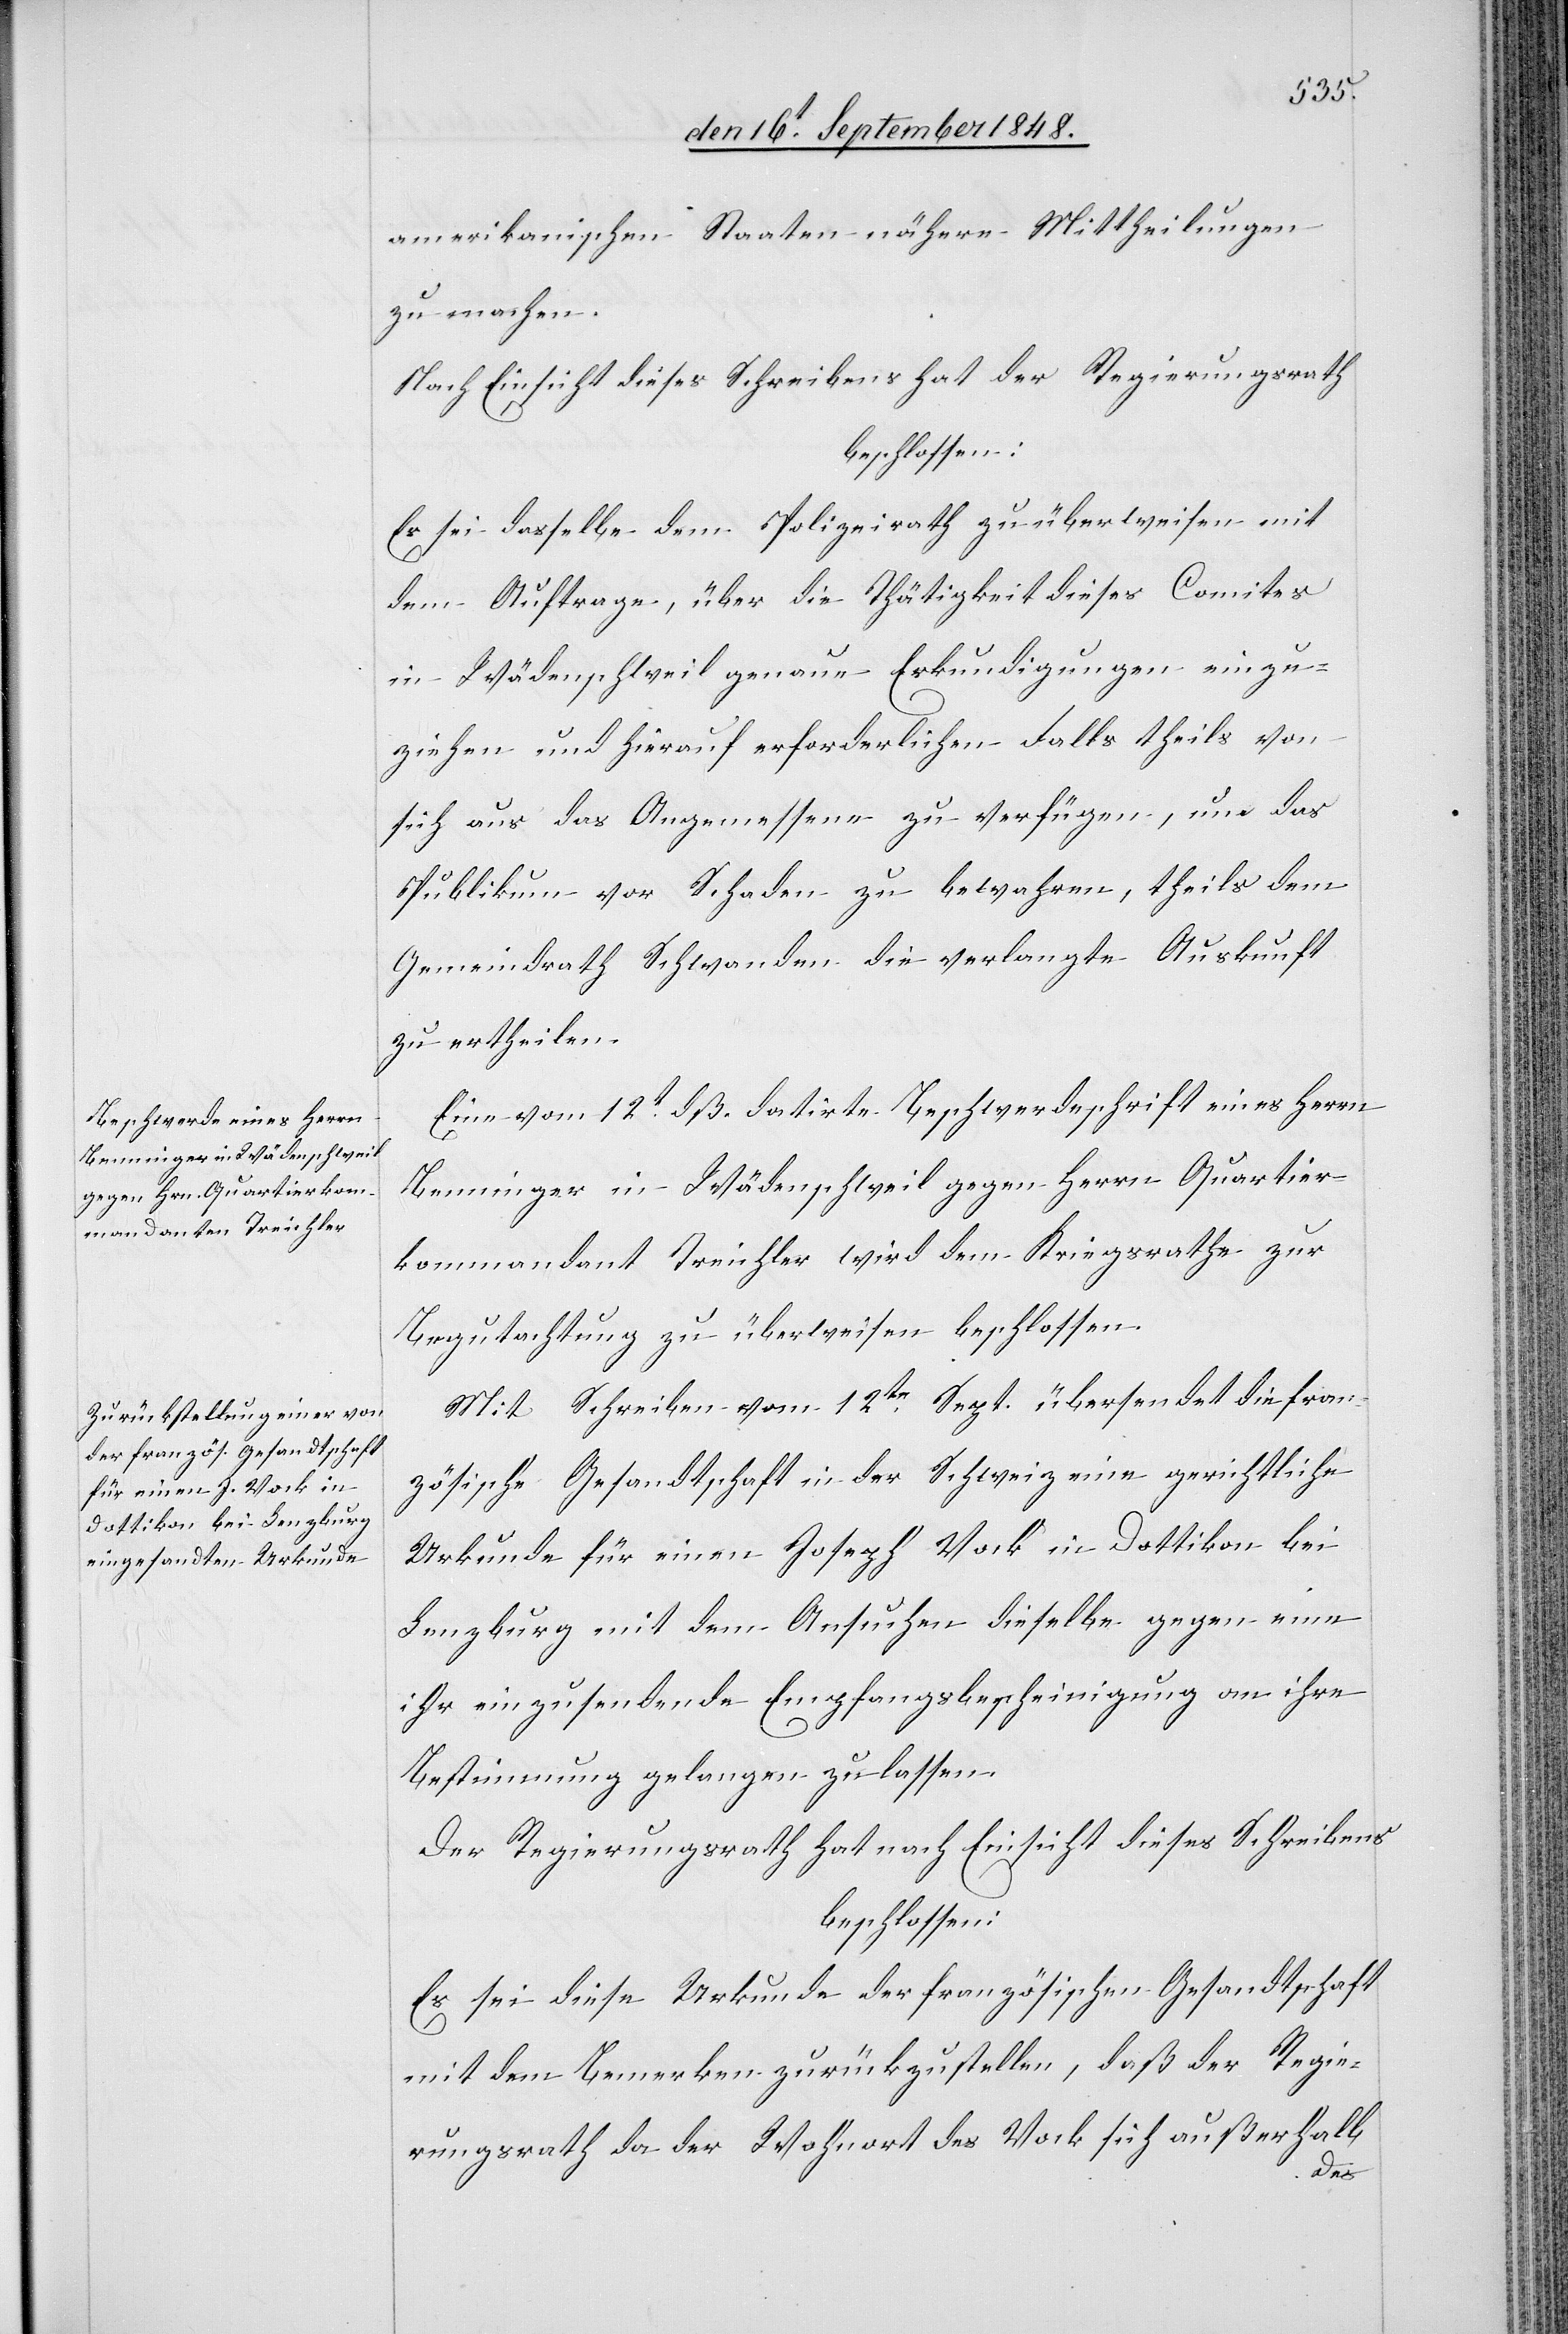
amerikanischen Staaten nähere Mittheilungen
zu machen.
Nach Einsicht dieses Schreibens hat der Regierungsrath
beschlossen:
Es sei dasselbe dem Polizeirathe zu überweisen mit
dem Auftrage, über die Thätigkeit dieses Comites
in Wädenschweil genaue Erkundigungen einzu¬
holen und hierauf erforderlichen Falls theils von
sich aus das Angemessene zu verfügen, um das
Publikum vor Schaden zu bewahren, theils dem
Gemeindrath Schwanden die verlangte Auskunft
zu ertheilen.
Eine vom 12t dß. datirte Beschwerdeschrift eines Herrn
Benninger in Wädenschweil gegen Herrn Quartier¬
kommandant Treichler wird dem Kriegsrathe zur
Begutachtung zu überweisen beschlossen.
Mit Schreiben vom 12te September übersendet die fran¬
zösische Gesandtschaft in der Schweiz eine gerichtliche
Urkunde für einen Joseph Vock in Dottikon bei
Lenzburg mit dem Ansuchen dieselbe gegen eine
ihr einzusendende Empfangsbescheinigung an ihre
Bestimmung gelangen zu lassen.
Der Regierungsrath hat nach Einsicht dieses Schreibens
beschlossen:
Es sei diese Urkunde der französischen Gesandtschaft
mit dem Bemerken zurückzustellen, daß der Regie¬
rungsrath da der Wohnort des Vock sich außerhalb